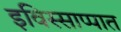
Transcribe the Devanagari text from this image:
इविस्साप्पात